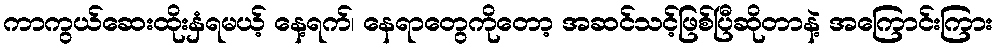
ကာကွယ်ဆေးထိုးနှံရမယ့် နေ့ရက်၊ နေရာတွေကိုတော့ အဆင်သင့်ဖြစ်ပြီဆိုတာနဲ့ အကြောင်းကြား